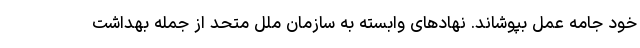
خود جامه عمل بپوشاند. نهادهای وابسته به سازمان ملل متحد از جمله بهداشت